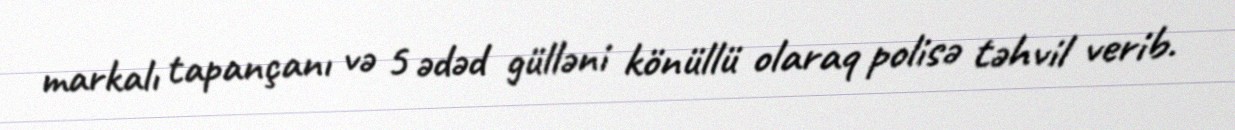
markalı tapançanı və 5 ədəd gülləni könüllü olaraq polisə təhvil verib.